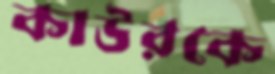
কাউরকে